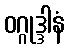
ဝဂ္ဂုဒ္ဒါနံ